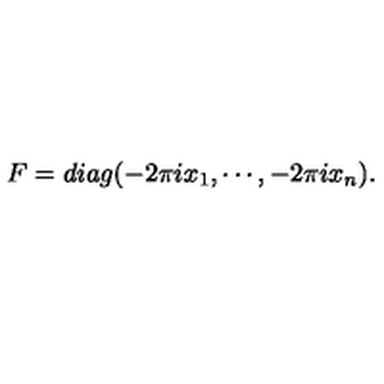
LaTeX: F = d i a g ( - 2 \pi i x _ { 1 } , \cdots , - 2 \pi i x _ { n } ) .